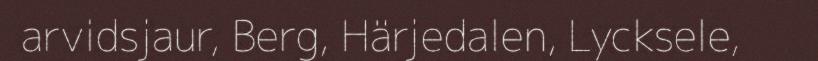
arvidsjaur, Berg, Härjedalen, Lycksele,